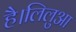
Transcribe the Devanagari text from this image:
है।लिलुआ